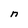
Character: n